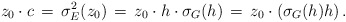
\begin{align*}z_0\cdot c\,=\, \sigma_E^2(z_0) \,=\,z_0\cdot h\cdot \sigma_G(h)\,=\,z_0\cdot (\sigma_G(h)h)\, .\end{align*}